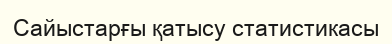
Сайыстарғы қатысу статистикасы